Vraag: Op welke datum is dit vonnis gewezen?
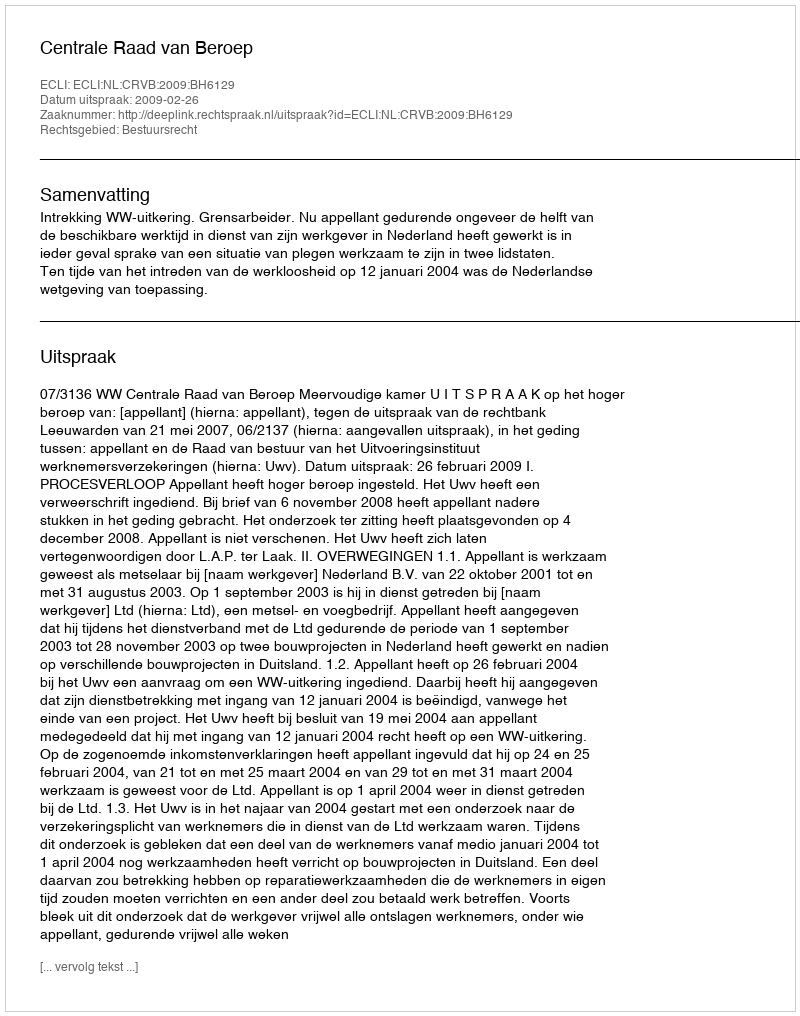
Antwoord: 2009-02-26